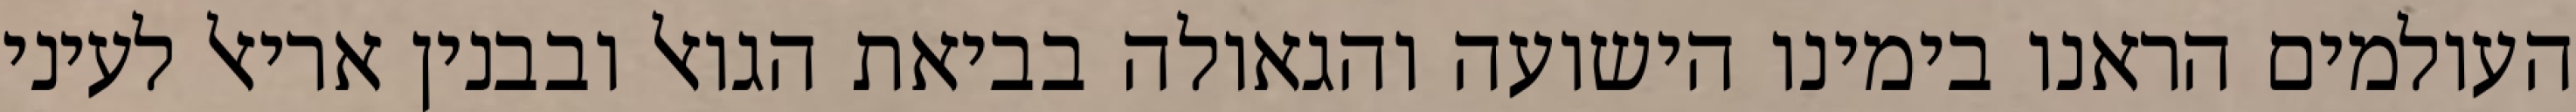
העולמים הראנו בימינו הישועה והגאולה בביאת הגואל ובבנין אריאל לעיני